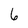
Character: 6